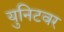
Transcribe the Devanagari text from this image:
युनिटवर